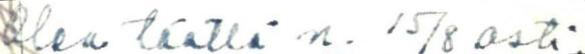
Olen täällä n. 15/8 asti.